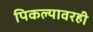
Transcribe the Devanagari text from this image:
पिकल्यावरही